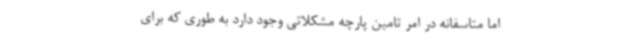
اما متاسفانه در امر تامین پارچه مشکلاتی وجود دارد به طوری که برای